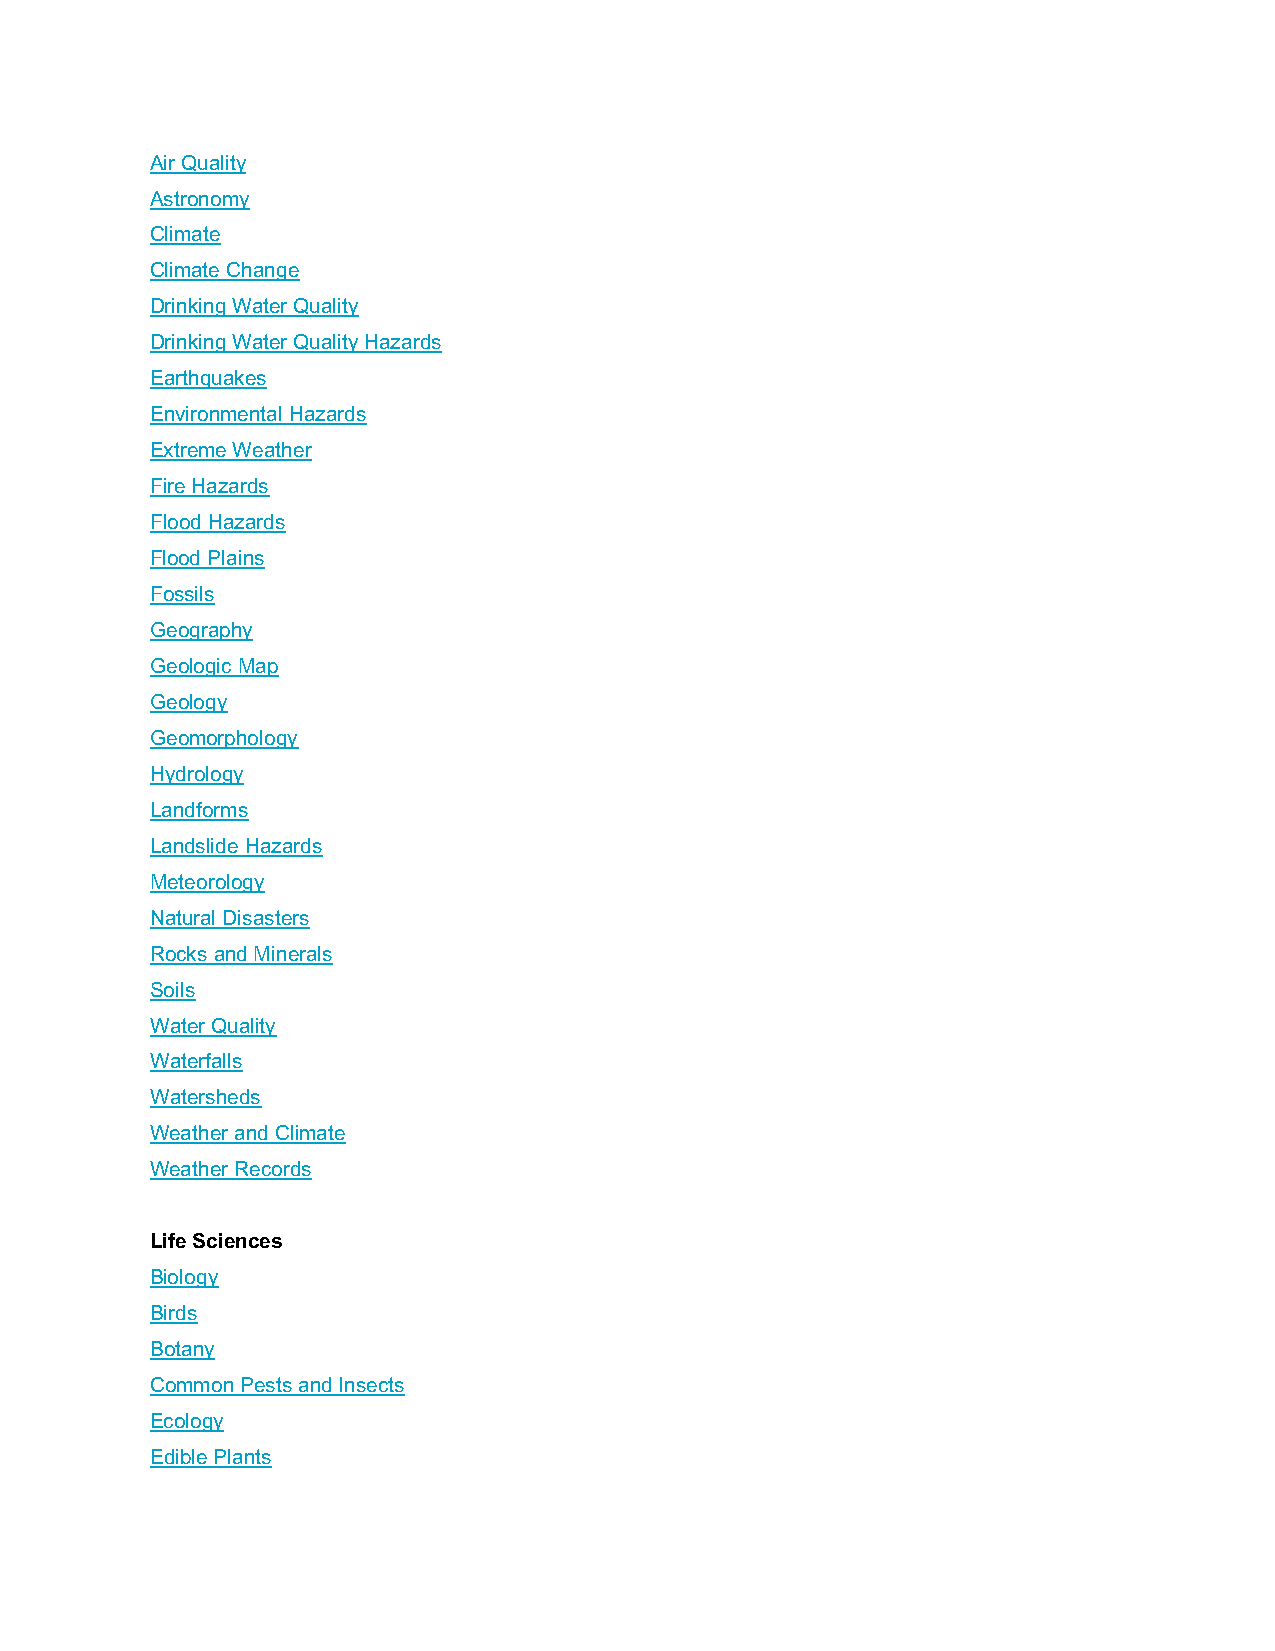
Air Quality
 Astronomy
 Climate
 Climate Change
 Drinking Water Quality
 Drinking Water Quality Hazards
 Earthquakes
 Environmental Hazards
 Extreme Weather
 Fire Hazards
 Flood Hazards
 Flood Plains
 Fossils
 Geography
 Geologic Map
 Geology
 Geomorphology
 Hydrology
 Landforms
 Landslide Hazards
 Meteorology
 Natural Disasters
 Rocks and Minerals
 Soils
 Water Quality
 Waterfalls
 Watersheds
 Weather and Climate
 Weather Records
 Life Sciences
 Biology
 Birds
 Botany
 Common Pests and Insects
 Ecology
 Edible Plants